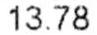
13.78